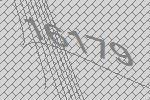
16179